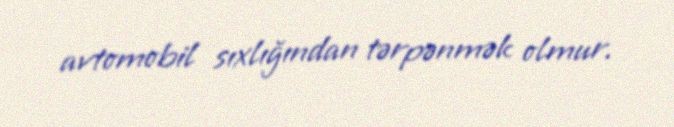
avtomobil sıxlığından tərpənmək olmur.